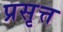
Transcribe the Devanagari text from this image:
प्रसृत्त